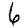
Digit: 6